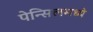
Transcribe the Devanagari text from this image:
पेन्सिलमध्ये